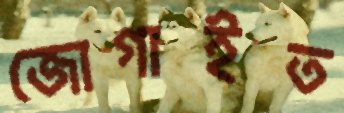
জোগাইত